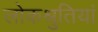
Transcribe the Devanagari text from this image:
लोकश्रुतियां